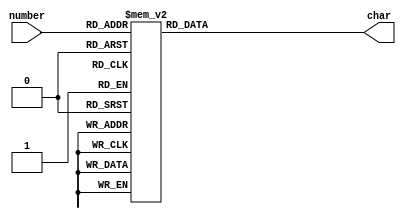
`ifndef BINARY_TO_LCD
 `define BINARY_TO_LCD

 `define DATA_SIZE = 32

module Binary2char(input wire [3:0] number,
		   output reg [7:0] char);
   always @(*)
     begin
	case (number)
	  0: char = 8'h30;
	  1: char = 8'h31;
	  2: char = 8'h32;
	  3: char = 8'h33;
	  4: char = 8'h34;
	  5: char = 8'h35;
	  6: char = 8'h36;
	  7: char = 8'h37;
	  8: char = 8'h38;
	  9: char = 8'h39;	  
	  10: char = 8'h41;
	  11: char = 8'h42;
	  12: char = 8'h43;
	  13: char = 8'h44;
	  14: char = 8'h45;
	  15: char = 8'h46;
	  default:
	    char = 8'hFF;
	endcase
     end
endmodule // Binary2char


`endif